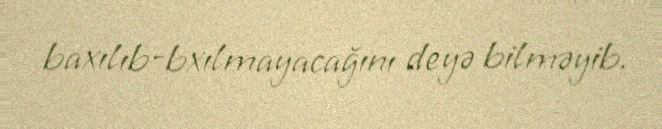
baxılıb-bxılmayacağını deyə bilməyib.